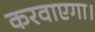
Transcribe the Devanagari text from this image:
करवाएगा।